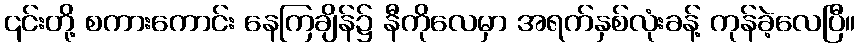
၎င်းတို့ စကားကောင်း နေကြချိန်၌ နီကိုလေမှာ အရက်နှစ်လုံးခန့် ကုန်ခဲ့လေပြီ။